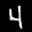
Label: 4